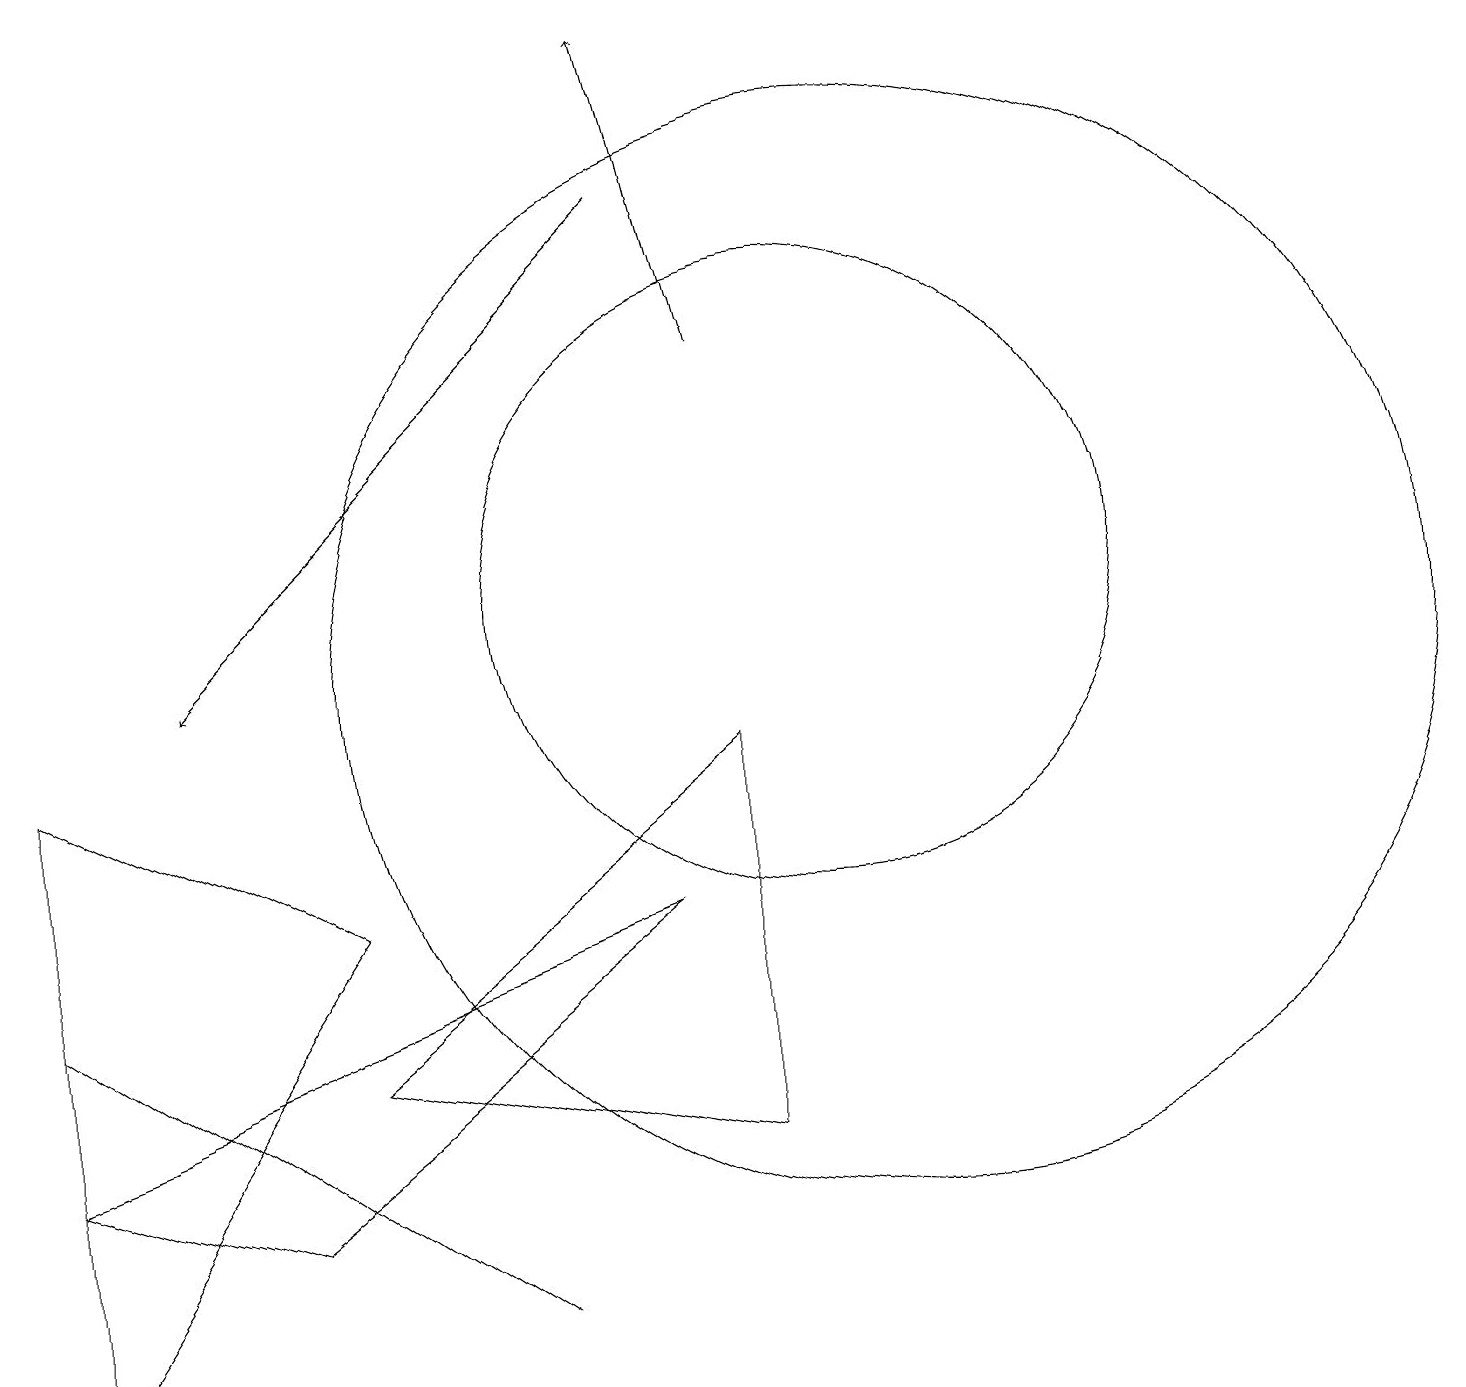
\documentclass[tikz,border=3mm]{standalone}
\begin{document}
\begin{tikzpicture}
\draw (11,10) circle (7);
\draw (10,11) circle (4);
\draw (3,3) -- (8,7) -- (0,4) -- cycle;
\draw (0,9) -- (0,1) -- (4,7) -- cycle;
\draw (4,5) -- (9,9) -- (9,4) -- cycle;
\draw (6,2) -- (0,6) -- (3,4) -- cycle;
\draw[->] (8,16) -- (2,10);
\draw[->] (9,14) -- (8,18);
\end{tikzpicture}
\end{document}